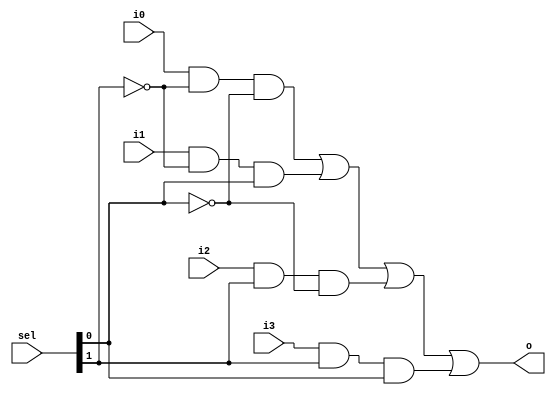
module Mux4In(input i0, input i1, input i2, input i3, input [1:0] sel, output o);
//declaring temps
wire not_sel0;
wire not_sel1;
wire o0;
wire o1;
wire o2;
wire o3;
//modelling the circuit
not(not_sel0,sel[0]);
not(not_sel1,sel[1]);
and(o0,i0,not_sel1,not_sel0);
and(o1,i1,not_sel1,sel[0]);
and(o2,i2,sel[1],not_sel0);
and(o3,i3,sel[1],sel[0]);
or(o,o0,o1,o2,o3);
endmodule